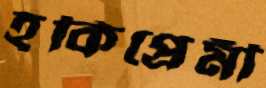
হকিপ্রেমী